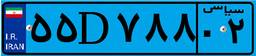
۱۹D۲۸۹۰۳